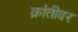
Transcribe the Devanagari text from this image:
क्रांतीवर